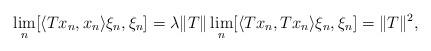
LaTeX: \begin{align*}\lim_n [\langle Tx_n , x_n \rangle \xi_n , \xi_n ] = \lambda \| T\| \lim_n [\langle Tx_n , Tx_n \rangle \xi_n , \xi_n ] = \| T\|^2,\end{align*}